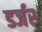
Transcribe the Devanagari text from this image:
डर्जर